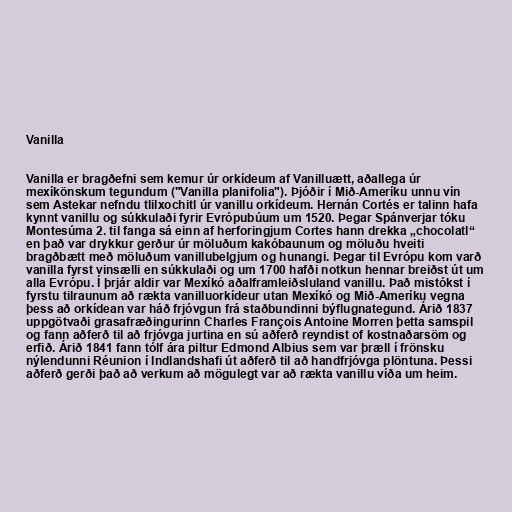
Vanilla

Vanilla er bragðefni sem kemur úr orkídeum af Vanilluætt, aðallega úr
mexíkönskum tegundum ("Vanilla planifolia"). Þjóðir í Mið-Ameríku unnu vín
sem Astekar nefndu tlilxochitl úr vanillu orkídeum. Hernán Cortés er talinn hafa
kynnt vanillu og súkkulaði fyrir Evrópubúum um 1520. Þegar Spánverjar tóku
Montesúma 2. til fanga sá einn af herforingjum Cortes hann drekka „chocolatl“
en það var drykkur gerður úr möluðum kakóbaunum og möluðu hveiti
bragðbætt með möluðum vanillubelgjum og hunangi. Þegar til Evrópu kom varð
vanilla fyrst vinsælli en súkkulaði og um 1700 hafði notkun hennar breiðst út um
alla Evrópu. Í þrjár aldir var Mexíkó aðalframleiðsluland vanillu. Það mistókst í
fyrstu tilraunum að rækta vanilluorkídeur utan Mexíkó og Mið-Ameríku vegna
þess að orkídean var háð frjóvgun frá staðbundinni býflugnategund. Árið 1837
uppgötvaði grasafræðingurinn Charles François Antoine Morren þetta samspil
og fann aðferð til að frjóvga jurtina en sú aðferð reyndist of kostnaðarsöm og
erfið. Árið 1841 fann tólf ára piltur Edmond Albius sem var þræll í frönsku
nýlendunni Réunion í Indlandshafi út aðferð til að handfrjóvga plöntuna. Þessi
aðferð gerði það að verkum að mögulegt var að rækta vanillu víða um heim.